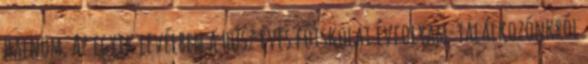
halnom. Az egyik levélben a húsz éves főiskolai évfolyam-találkozónkról